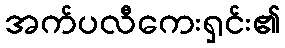
အက်ပလီကေးရှင်း၏